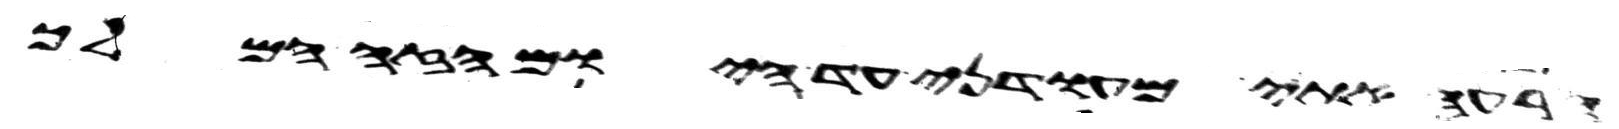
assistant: הרעה אתי מעודני עד היום הזה המלך